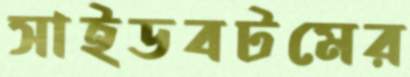
সাইডবটমের